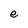
Character: e